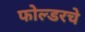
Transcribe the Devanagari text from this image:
फोल्डरचे